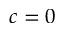
c = 0